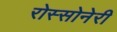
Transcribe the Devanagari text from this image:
रोस्सोनेरी